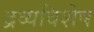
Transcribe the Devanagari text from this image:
द्रव्यविशेष